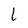
Character: l